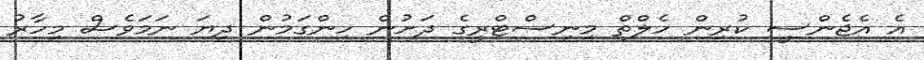
އެ އެޖެންސީ ކުރިން ހެލްތް މިނިސްޓްރީގެ ދަށުން ހިންގަމުން ދިޔަ ނަމަވެސް މިހާރު